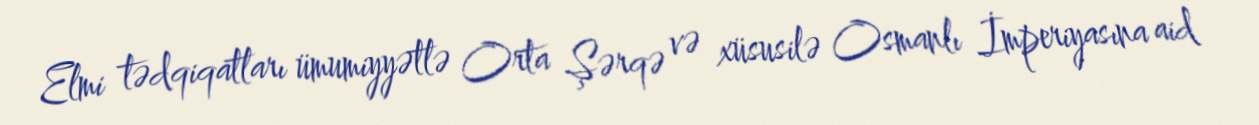
Elmi tədqiqatları ümumiyyətlə Orta Şərqə və xüsusilə Osmanlı İmperiyasına aid